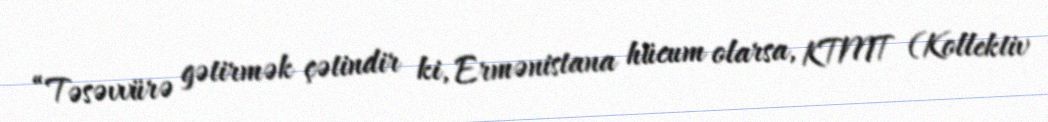
“Təsəvvürə gətirmək çətindir ki, Ermənistana hücum olarsa, KTMT (Kollektiv